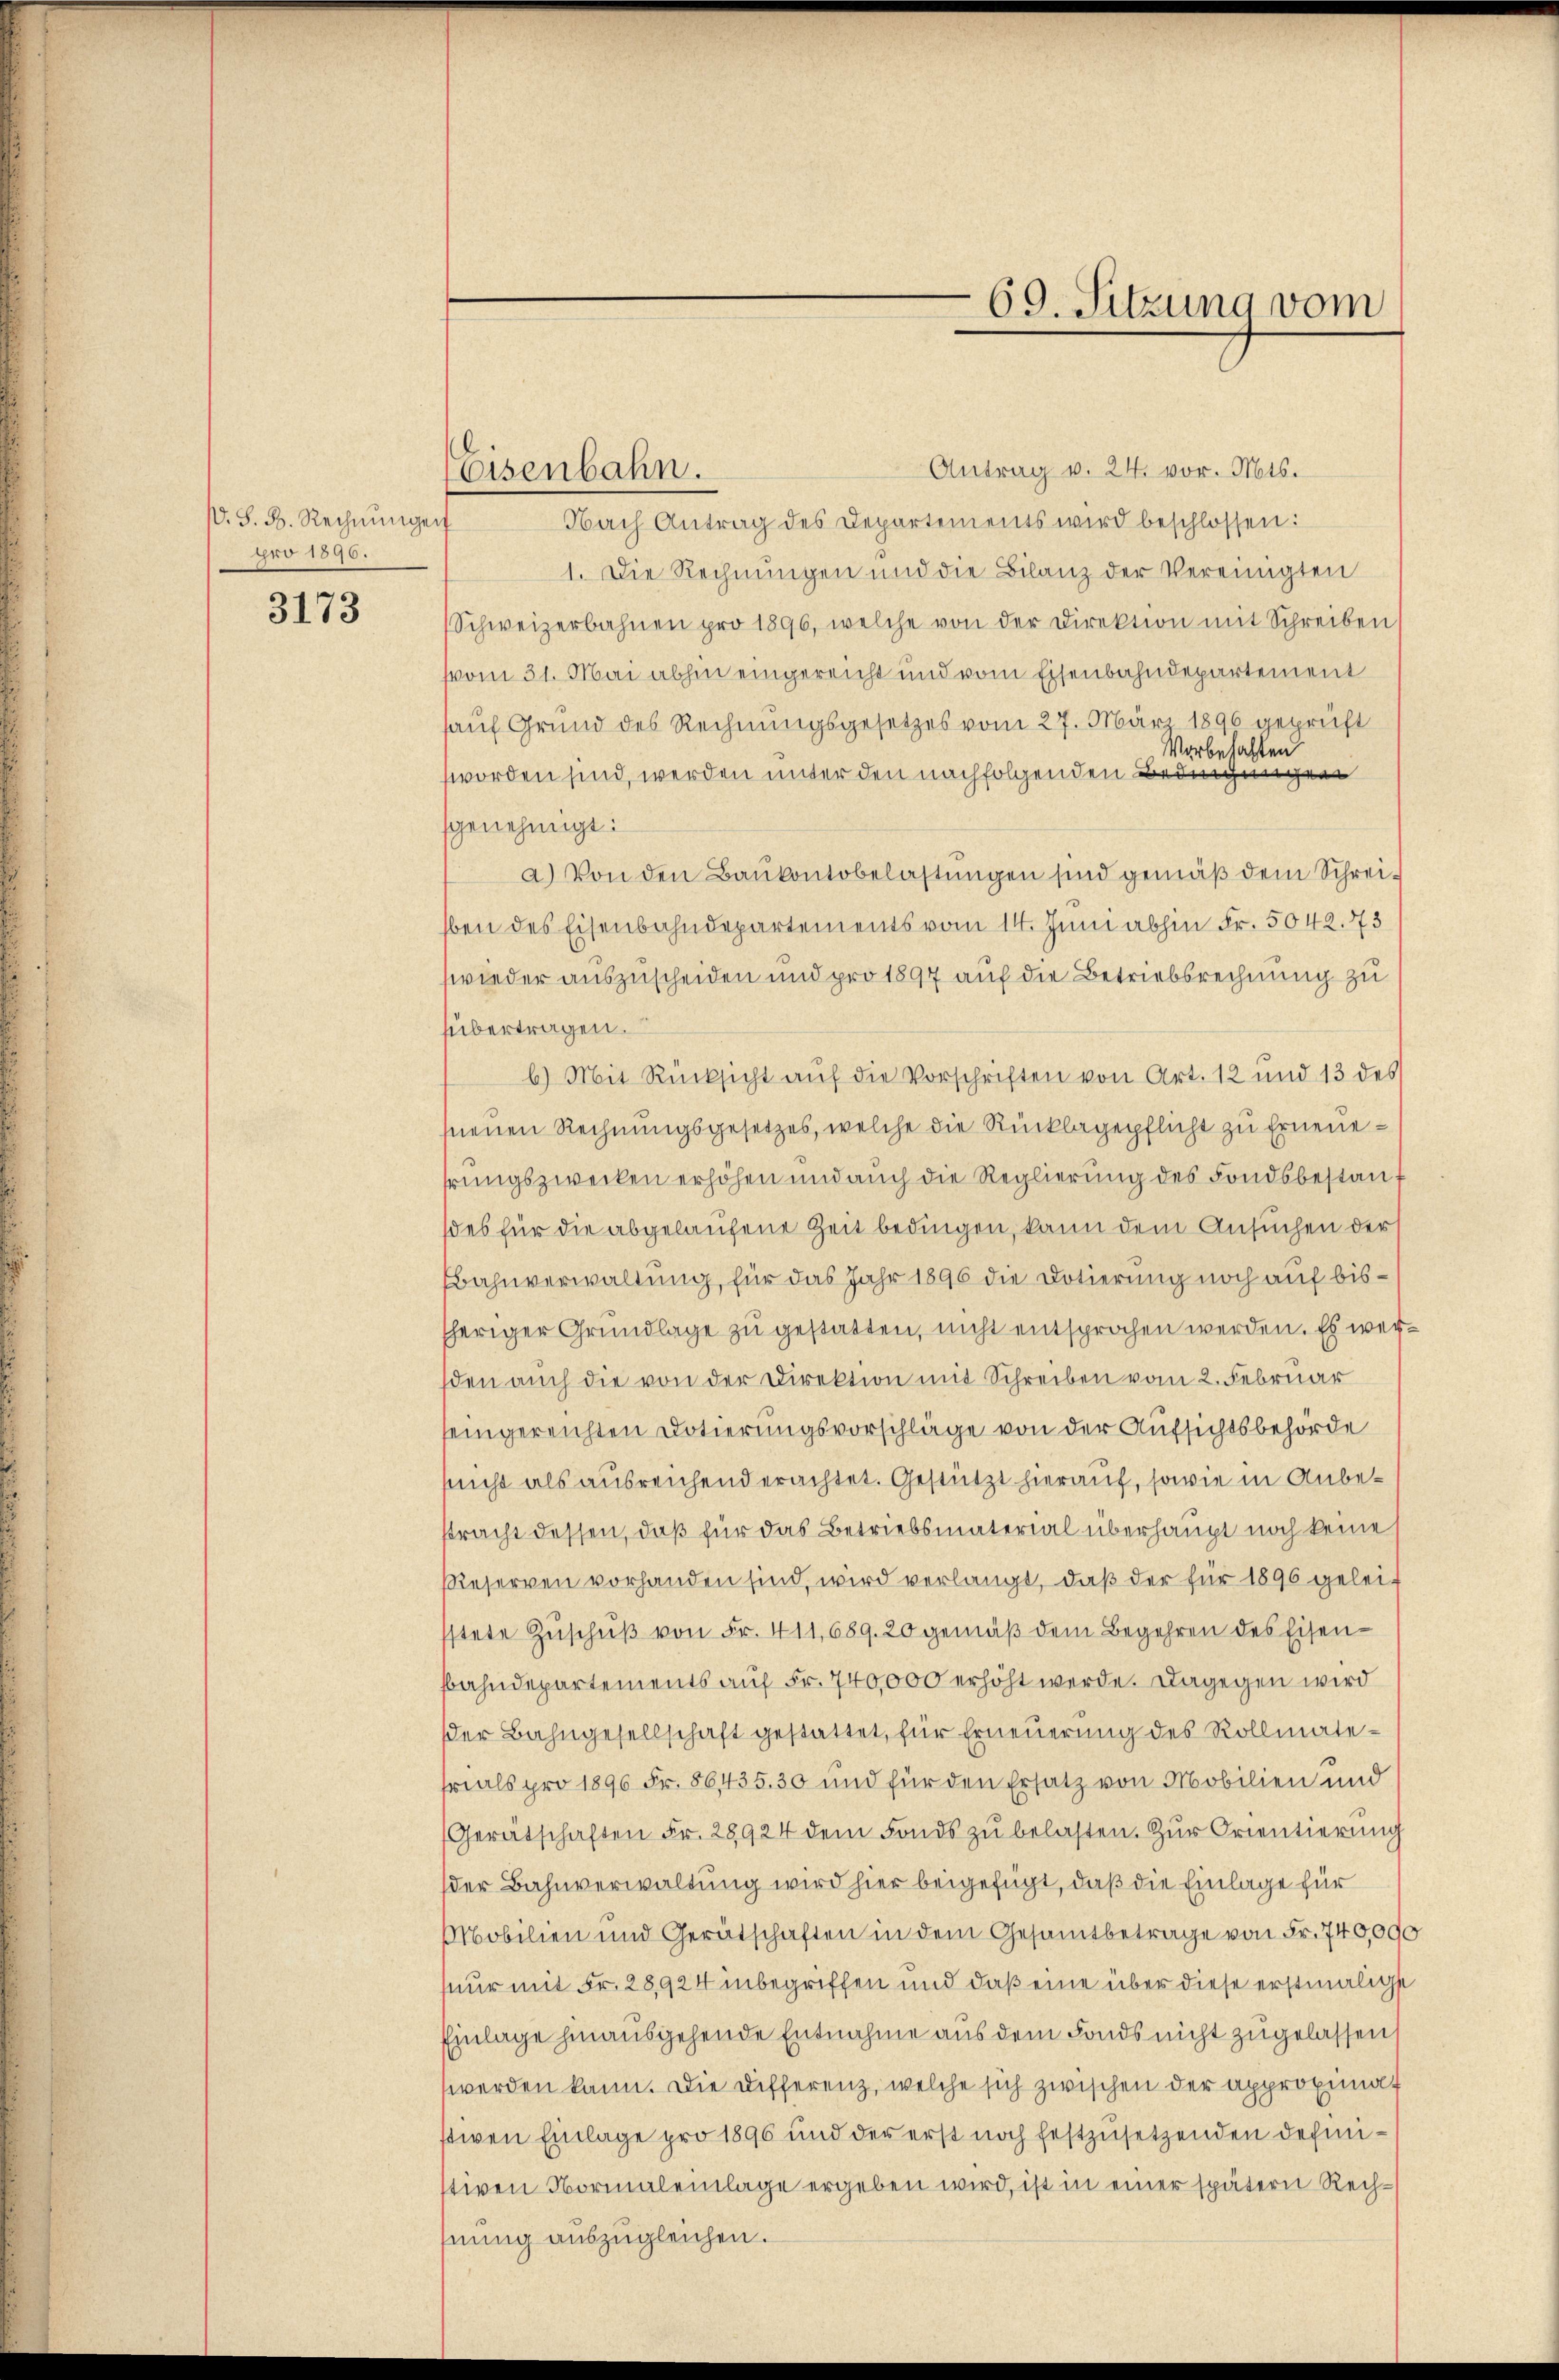
ß. S. B. Rechnunge
pro 1896.

3173

Eisenbahn.

69. Sitzung vom

Antrag v. 24. vor. Mts.
Nach Antrag des Departements wird beschlossen:
1. Die Rechnungen und die Bilanz der Vereinigten
Schweizerbahnen pro 1896, welche von der Direktion mit Schreiben
vom 31. Mai abhin eingereicht und vom Eisenbahndepartement
auf Grund des Rechnungsgesetzes vom 27. März 1890 geprüft
Vorbehalten
worden sind, werden unter den nachfolgenden Bedingungen
genehmigt:
a.) Von den Baŭkontobelastungen sind gemäß dem Schreiben des Eisenbahndepartements vom 14. Juni abhin Fr. 5042. 73
wieder auszuscheiden und pro 1897 auf die Betriebsrechnung zu
übertragen.
b.) Mit Rücksicht auf die Vorschriften von Art. 12 und 13 des
neuen Rechnungsgesetzes, welche die Rücklagepflicht zu Erneuehrungszwecken erhöhen und auch die Reglierung des Fondsbestauf
des für die abgelaufene Zeit bedingen, kann dem Ansuchen der
Bahnverwaltung, für das Jahr 1896 die Dotierung noch auf bissheriger Grundlage zu gestatten, nicht entsprochen werden. Es werden auch die von der Direktion mit Schreiben vom 2. Februar
seingereichten Dotierungsvorschläge von der Aufsichtsbehörde
sucht als ausreichend erachtet. Gestützt hierauf, sowie in Anbestracht dessen, daß für das Betriebsmaterial überhaupt noch keine s
Reserven vorhanden sind, wird verlangt, daß der für 1896 gelei-
stete Zŭschŭβ von Fr. 411,689. 20 gemäß dem Begehren des Eisenbahndepartements auf Fr. 740,000 erhöht werde. Dagegen wird
der Bahngesellschaft gestattet, für Erneuerung des Rollmatevials pro 1896 Fr. 86435. 30 und für den Ersatz von Mobilien und
Gerätschaften Fr. 28924 dem Fonds zŭ belasten. Zŭr Orientierŭng
der Bahnverwaltung wird hier beigefügt, daß die Einlage für
Mobilien und Gerätschaften in dem Gesamtbetrage von Fr. 740,000
nur mit Fr. 28924 inbegriffen und daß eine über diese erstmalige
Einlage hinausgehende Entnahme aus dem Fonds nicht zugelassen,
werden kann. Die Differenz, welche sich zwischen der approximat
stiven Einlage pro 1896 und der erst noch festzusetzenden definistiven Normaleilage ergeben wird, ist in einer spätern Rechfnung auszugleichen.